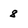
Character: 8